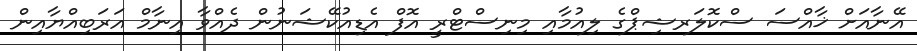
އޭނާއަށް ޚާއްސަ ސްކޮލަރޝިޕްގެ ލިއުމާއި މިނިސްޓްރީ އޮފް އެޑިއުކޭޝަނުން ދެއްވާ އިނާމް އަރަބިއްޔާއިން